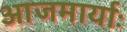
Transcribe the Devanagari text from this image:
आजमार्याः